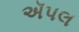
ઍપલ